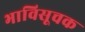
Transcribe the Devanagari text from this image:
भाविसूचक